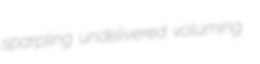
sparpling undelivered voluming